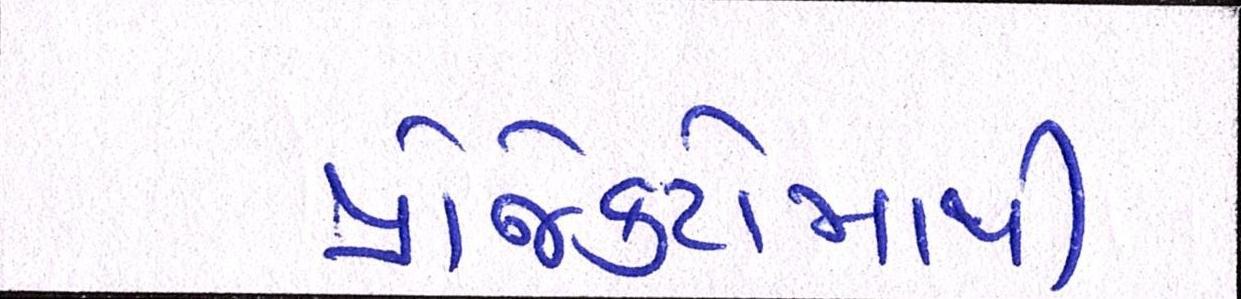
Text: પ્રોજેક્ટોમાંથી